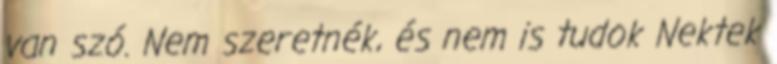
van szó. Nem szeretnék, és nem is tudok Nektek